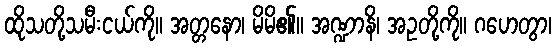
ထိုသတို့သမီးငယ်ကို။ အတ္တနော၊ မိမိ၏။ အဏ္ဍာနိ၊ အဥတို့ကို။ ဂဟေတွာ၊